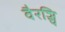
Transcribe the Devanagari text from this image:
वैरञ्चि